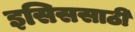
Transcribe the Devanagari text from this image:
इसिससाठी